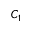
C _ { 1 }